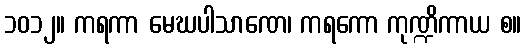
၁၀၁၂။ ကရကာ မေဃပါသာဏေ၊ ကရကော ကုဏ္ဍိကာယ စ။